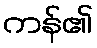
ကန်၏